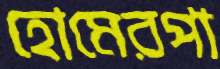
হোমেরপা